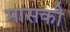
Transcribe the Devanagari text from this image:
मासकी